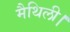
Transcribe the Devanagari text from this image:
मैथिली।